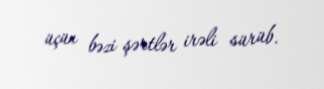
üçün bəzi şərtlər irəli sürüb.